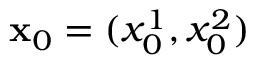
\mathbf { x } _ { 0 } = ( x _ { 0 } ^ { 1 } , x _ { 0 } ^ { 2 } )